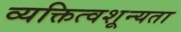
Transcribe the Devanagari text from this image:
व्यक्तित्वशून्यता